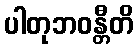
ပါတုဘဝန္တီတိ